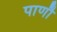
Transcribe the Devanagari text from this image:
पाणौ